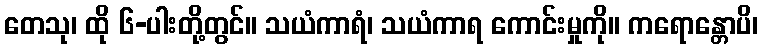
တေသု၊ ထို ၆-ပါးတို့တွင်။ သယံကာရံ၊ သယံကာရ ကောင်းမှုကို။ ကရောန္တောပိ၊